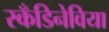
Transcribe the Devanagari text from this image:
स्कँडिनेविया